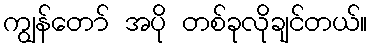
ကျွန်တော် အပို တစ်ခုလိုချင်တယ်။